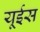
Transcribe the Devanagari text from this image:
यूईस